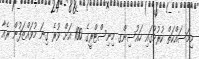
މިމަސައްކަތް ކުރުމުގައި ހައުސިންގ މިނިސްޓްރީގެ 100 އަށް ވުރެ ގިނަ މުވައްޒަފުން ރެއާ